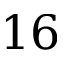
1 6